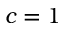
c = 1